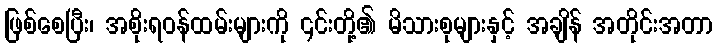
ဖြစ်စေပြီး၊ အစိုးရဝန်ထမ်းများကို ၎င်းတို့၏ မိသားစုများနှင့် အချိန် အတိုင်းအတာ